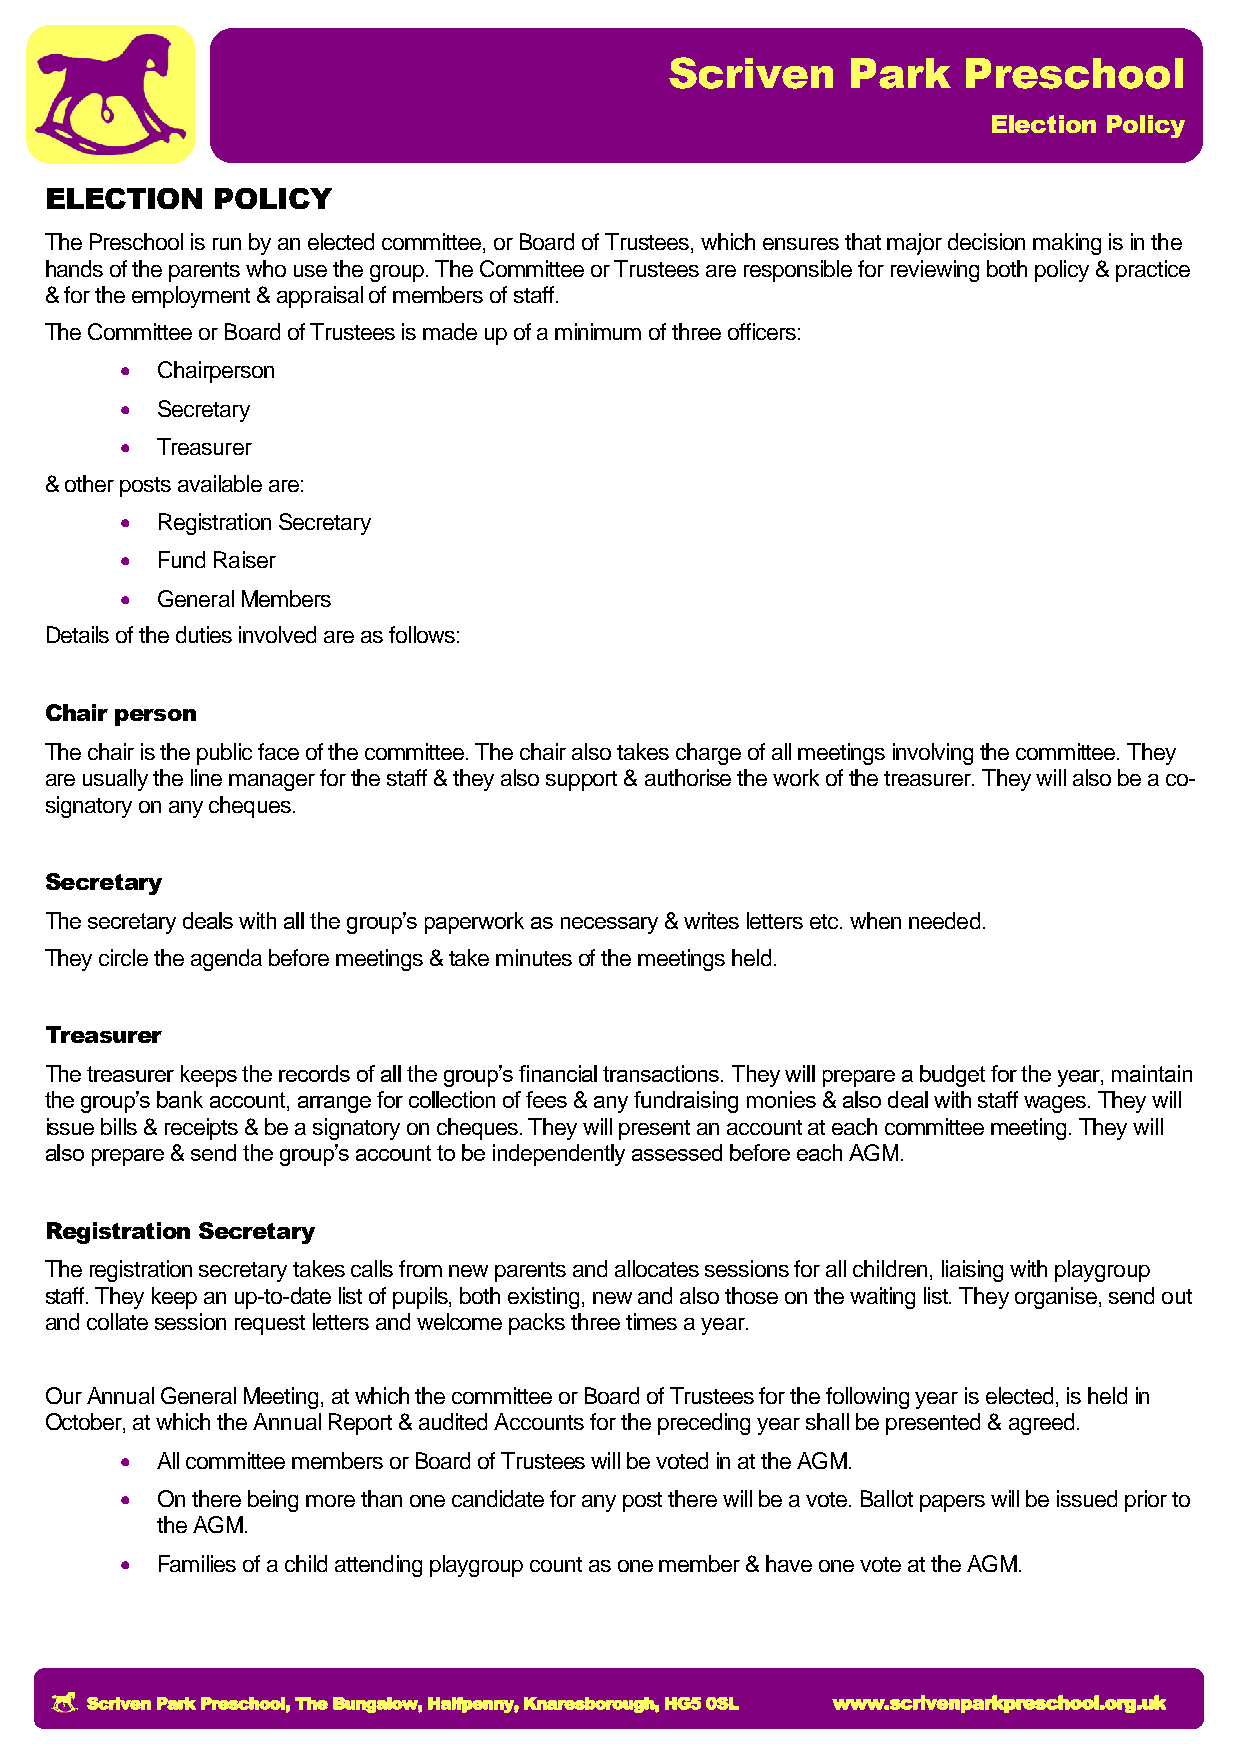
Scriven     Park    Preschool
 Election Policy
 ELECTION   POLICY
 The Preschool is run by an elected committee, or Board of Trustees, which ensures that major decision making is in the
 hands of the parents who use the group. The Committee or Trustees are responsible for reviewing both policy & practice
 & for the employment & appraisal of members of staff.
 The Committee or Board of Trustees is made up of a minimum of three officers:
  Chairperson
  Secretary
  Treasurer
 & other posts available are:
  Registration Secretary
  Fund Raiser
  General Members
 Details of the duties involved are as follows:
 Chair person
 The chair is the public face of the committee. The chair also takes charge of all meetings involving the committee. They
 are usually the line manager for the staff & they also support & authorise the work of the treasurer. They will also be a co-
 signatory on any cheques.
 Secretary
 The secretary deals with all the group’s paperwork as necessary & writes letters etc. when needed.
 They circle the agenda before meetings & take minutes of the meetings held.
 Treasurer
 The treasurer keeps the records of all the group’s financial transactions. They will prepare a budget for the year, maintain
 the group’s bank account, arrange for collection of fees & any fundraising monies & also deal with staff wages. They will
 issue bills & receipts & be a signatory on cheques. They will present an account at each committee meeting. They will
 also prepare & send the group’s account to be independently assessed before each AGM.
 Registration Secretary
 The registration secretary takes calls from new parents and allocates sessions for all children, liaising with playgroup
 staff. They keep an up-to-date list of pupils, both existing, new and also those on the waiting list. They organise, send out
 and collate session request letters and welcome packs three times a year.
 Our Annual General Meeting, at which the committee or Board of Trustees for the following year is elected, is held in
 October, at which the Annual Report & audited Accounts for the preceding year shall be presented & agreed.
  All committee members or Board of Trustees will be voted in at the AGM.
  On there being more than one candidate for any post there will be a vote. Ballot papers will be issued prior to
 the AGM.
  Families of a child attending playgroup count as one member & have one vote at the AGM.
 Scriven Park Preschool, The Bungalow, Halfpenny, Knaresborough, HG5 0SL www.scrivenparkpreschool.org.uk